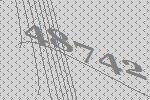
48742